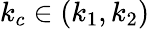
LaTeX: k_{c}\in(k_{1},k_{2})